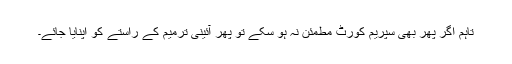
تاہم اگر پھر بھی سپریم کورٹ مطمئن نہ ہو سکے تو پھر آئینی ترمیم کے راستے کو اپنایا جائے۔